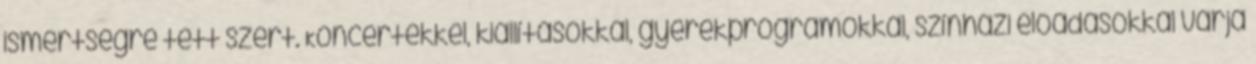
ismertségre tett szert. Koncertekkel, kiállításokkal, gyerekprogramokkal, színházi előadásokkal várja